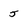
Character: 5